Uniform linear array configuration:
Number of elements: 24
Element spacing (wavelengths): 0.25
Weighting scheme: uniform
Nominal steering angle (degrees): -60
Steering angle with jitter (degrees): -61.937
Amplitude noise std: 0.05
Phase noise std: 0.05

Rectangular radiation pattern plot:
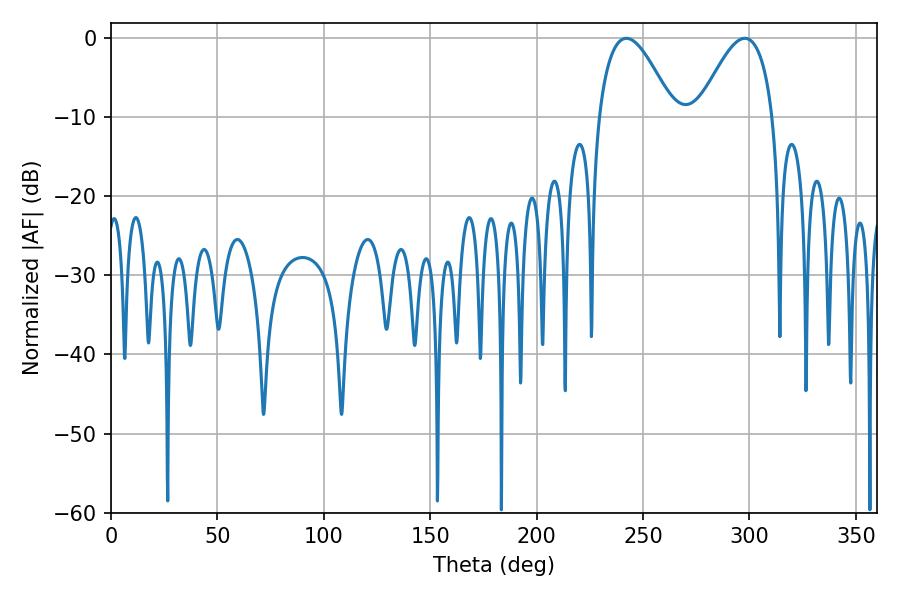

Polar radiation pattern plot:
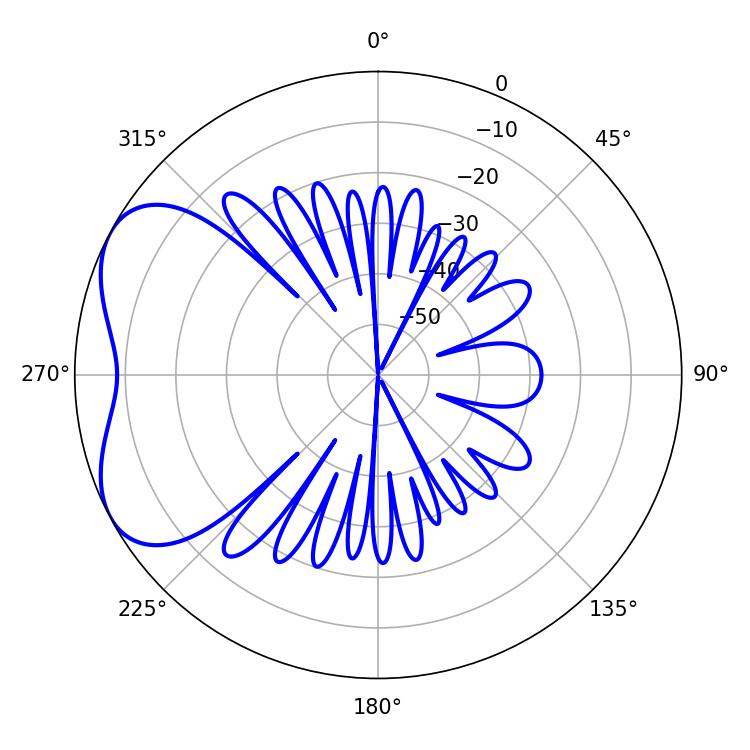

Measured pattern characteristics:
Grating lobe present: FALSE
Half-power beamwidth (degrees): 19.08
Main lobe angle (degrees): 242.1